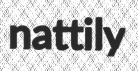
nattily